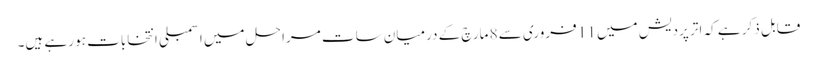
قابل ذکر ہے کہ اتر پردیش میں 11 فروری سے 8 مارچ کے درمیان سات مراحل میں اسمبلی انتخابات ہو رہے ہیں۔